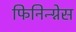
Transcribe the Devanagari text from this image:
फिनिन्ग्नेस